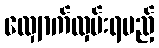
လျှောက်လှမ်းရမည့်